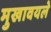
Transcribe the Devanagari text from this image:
मुखावयले